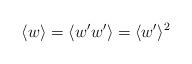
LaTeX: \begin{align*}\langle w \rangle = \langle w' w' \rangle = \langle w' \rangle^2\end{align*}